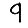
Digit: 9